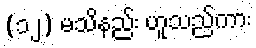
(၁၂) မသိနည်း ဟူသည်ကား